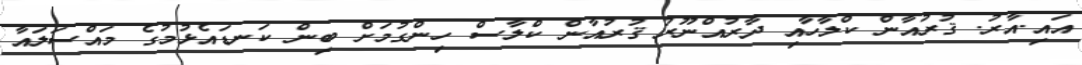
އައި.އާރު. ޤުރުއާން ކްލާހާއި ދާރުއްނޫރު ޤުރުއާން ކްލާސް ހިންގުމަށް ބިން ކަނޑައެޅުމުގެ މައްސަލައާ